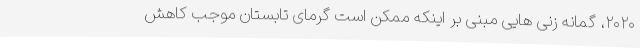
۲۰۲۰، گمانه زنی هایی مبنی بر اینکه ممکن است گرمای تابستان موجب کاهش